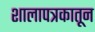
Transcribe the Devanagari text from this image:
शालापत्रकातून